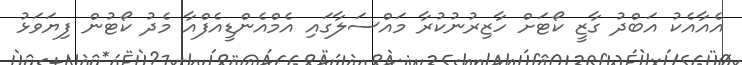
އެއާއެކު އަބްދު ގާޒީ ކޯޓަށް ހާޒިރުނުކުރާ މައްސަލާގައި އެމްއެންޑީއެފްއާ މެދު ކޯޓުން ފިޔަވަޅު